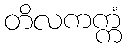
တိလကက္ကံ